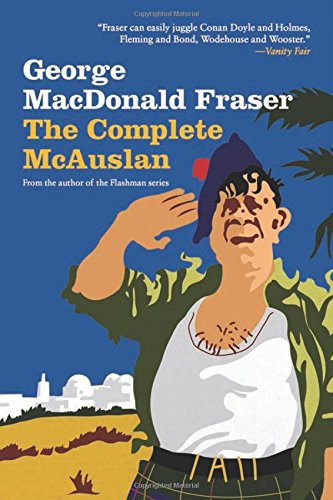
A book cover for The Complete McAuslan; George MacDonald Fraser; Literature & Fiction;